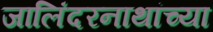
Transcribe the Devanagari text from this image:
जालिंदरनाथांच्या